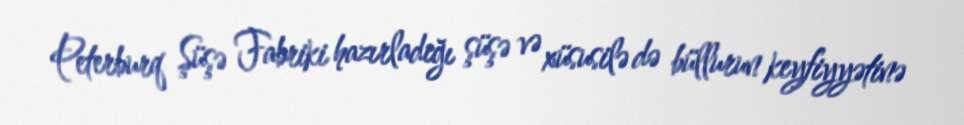
Peterburq Şüşə Fabriki hazırladığı şüşə və xüsusilə də büllurun keyfiyyətinə